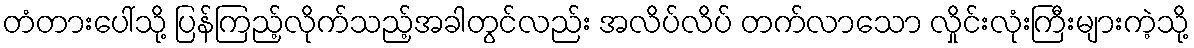
တံတားပေါ်သို့ ပြန်ကြည့်လိုက်သည့်အခါတွင်လည်း အလိပ်လိပ် တက်လာသော လှိုင်းလုံးကြီးများကဲ့သို့